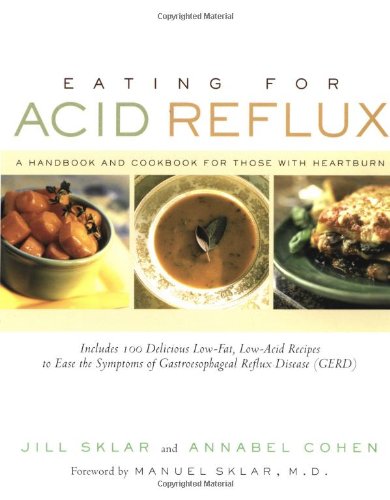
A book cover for Eating for Acid Reflux: A Handbook and Cookbook for Those with Heartburn; Jill Sklar; Health, Fitness & Dieting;